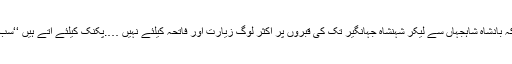
’’یہاں وہ احمق دفن ہے جس نے کبھی اتنا بھی نہ سوچا کہ بادشاہ شاہجہاں سے لیکر شہنشاہ جہانگیر تک کی قبروں پر اکثر لوگ زیارت اور فاتحہ کیلئے نہیں ….پکنک کیلئے آتے ہیں ‘‘سب تمہارے کام دیکھتے ہیں رب تمہاری نیتیں دیکھتا ہے ۔